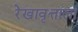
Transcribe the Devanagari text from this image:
रेखावृत्ताला